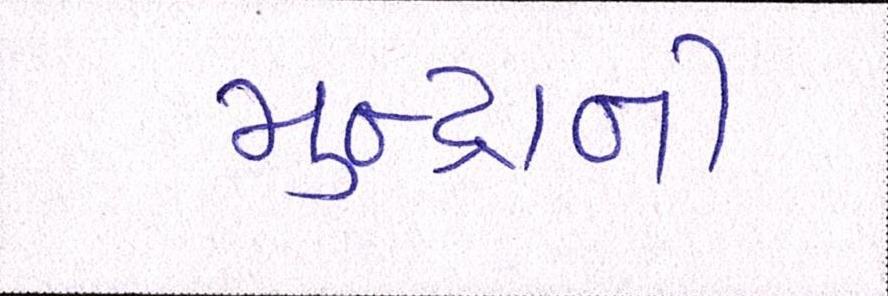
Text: મુન્દ્રાની